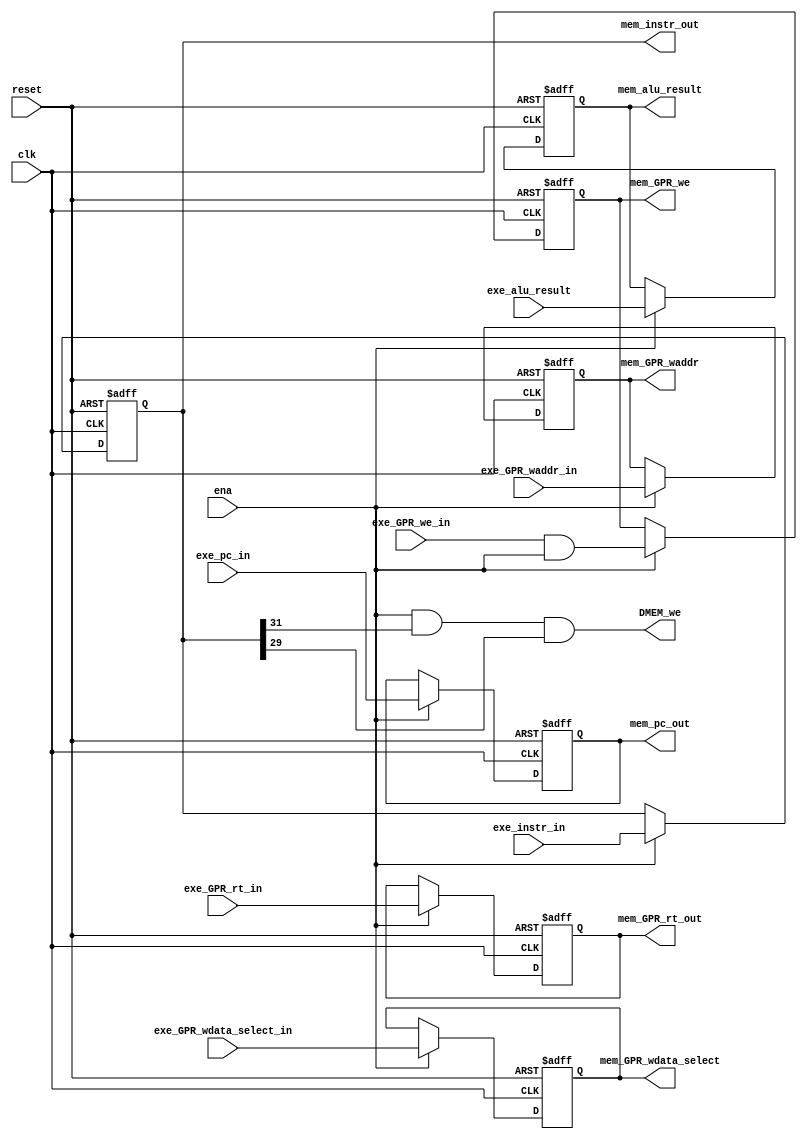
module EXE_MEM_reg (
    input wire clk,
    input wire reset,
    input wire ena, // Src: PipelineController.exe_mem_ena

    input wire[31:0] exe_instr_in, // Src: Instr(EXE)
    input wire[31:0] exe_pc_in, // Src: PC(EXE)
    input wire[31:0] exe_GPR_rt_in, // Src: ID_EXE_reg.exe_GPR_rt_out(EXE)
    input wire[31:0] exe_alu_result, // Src: ALU.alu_result(EXE)

    input wire exe_GPR_we_in, // Src: ID_EXE_reg.exe_GPR_we(EXE)
    input wire[4:0] exe_GPR_waddr_in, // Src: ID_EXE_reg.exe_GPR_waddr(EXE)
    input wire[1:0] exe_GPR_wdata_select_in, // Src: ID_EXE_reg.exe_GPR_wdata_select(EXE)

    output wire DMEM_we,
    output reg[31:0] mem_alu_result,
    output reg[31:0] mem_GPR_rt_out,
    output reg mem_GPR_we, // for ByPass process
    output reg[4:0] mem_GPR_waddr,
    output reg[1:0] mem_GPR_wdata_select,
    output reg[31:0] mem_pc_out,
    output reg[31:0] mem_instr_out
);

    always @(posedge clk or negedge reset) begin
        if (!reset) begin
            mem_pc_out <= 32'h00000000;
            mem_instr_out <= 32'h00000000;

            mem_alu_result <= 0;
            mem_GPR_rt_out <= 0;
            mem_GPR_waddr <= 0;
            mem_GPR_wdata_select <= 0;
            mem_GPR_we <= 0;
        end
        else if (ena) begin
            mem_pc_out <= exe_pc_in;
            mem_instr_out <= exe_instr_in;

            mem_alu_result <= exe_alu_result;
            mem_GPR_rt_out <= exe_GPR_rt_in;
            mem_GPR_waddr <= exe_GPR_waddr_in;
            mem_GPR_wdata_select <= exe_GPR_wdata_select_in;
            mem_GPR_we <= exe_GPR_we_in & ena;
        end
    end

    assign DMEM_we = ena & mem_instr_out[31] & mem_instr_out[29];
    
endmodule